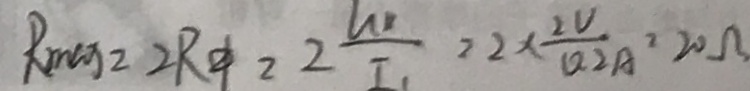
R _ { \max } = 2 R \neq = 2 \frac { U _ { 1 } } { I _ { 1 } } = 2 \times \frac { 2 V } { 0 . 2 A } = 2 0 \Omega